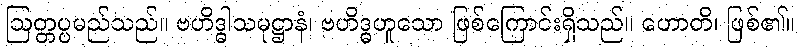
ဩတ္တပ္ပမည်သည်။ ဗဟိဒ္ဓါသမုဋ္ဌာနံ၊ ဗဟိဒ္ဓဟူသော ဖြစ်ကြောင်းရှိသည်။ ဟောတိ၊ ဖြစ်၏။